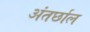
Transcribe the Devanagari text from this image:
अंतर्छाल